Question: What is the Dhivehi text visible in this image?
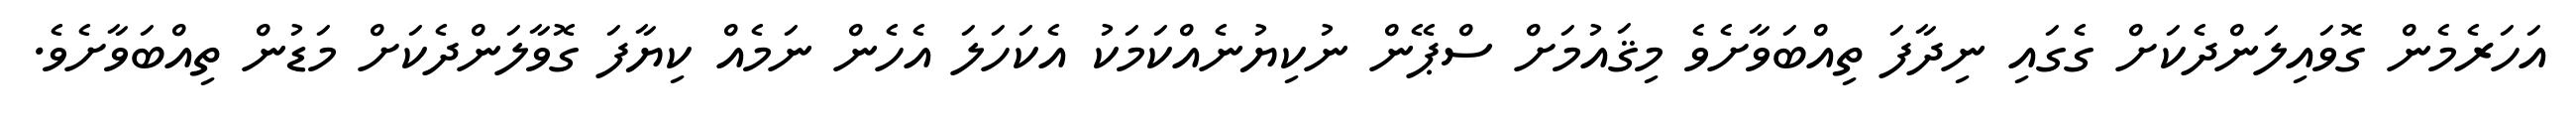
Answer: އަހަރެމެން ގޮވައިލަންދެކަށް ގެގައި ނިދާފަ ތިއްބަވާށެވެ މިޤައުމަށް ސްޕޭން ނުކިޔުނެއްކަމަކު އެކަހަލަ އެހެން ނަމެއް ކިޔާފަ ގޮވާލަންދެކަށް މަޑުން ތިއްބަވާށެވެ.